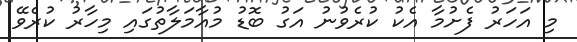
މި އަހަރު ފެށުމާ އެކު ކުރެވުނު އަގު ބޮޑު މުއާމަލާތުގައި މިހާރު ކުރެވޭ